Lunatic asylums in Bengal annual reports 1888-1898 - 1888-1898
Year: 1888
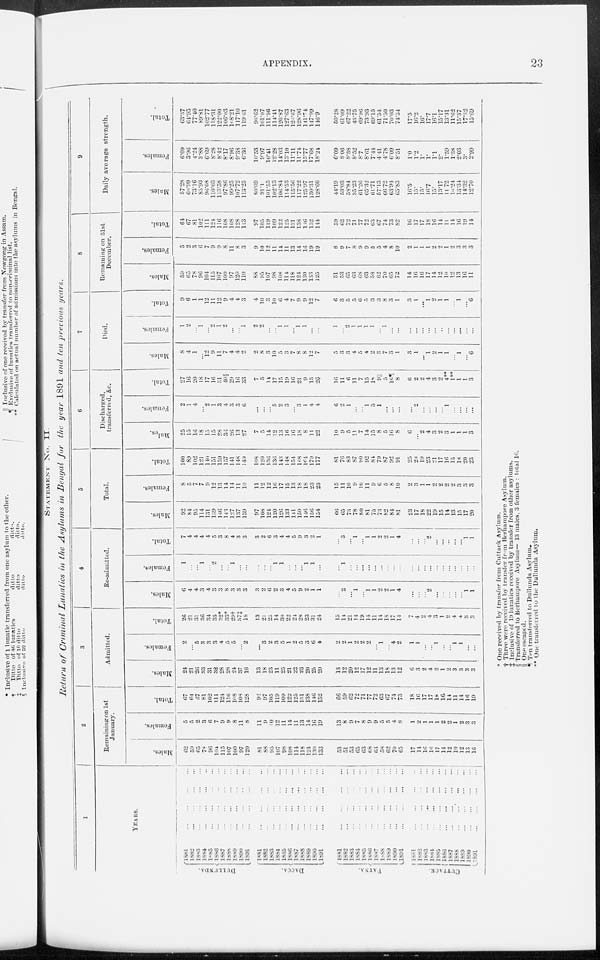
APPENDIX.
23
STATEMENT
No II.
Return of Criminal Lunatics in the Asylums in Bengal for the year 1891 and ten previous years.
1
YEARS.
DULLUNDA.
DACCA.
PATNA.
CUTTACK.
1881
...
...
...
...
1882
...
...
...
...
1883 ... ... ... ...
1884 ... ... ... ...
1885 ... ... ... ...
1886
...
...
...
...
1887
...
...
...
...
1888
...
...
...
...
1889 ... ... ... ...
l890
...
...
...
...
1891
...
...
...
...
1881
...
...
...
...
1882 ... ... ... ...
1883 ... ... ... ...
1884 ... ... ... ...
1885 ... ... ... ...
1886 ... ... ... ...
1887
...
...
...
...
1888
...
...
...
...
1889
...
...
...
...
1890 ... ... ... ...
1891
...
...
...
...
1881 ... ... ... ...
1882
...
...
...
...
1883
...
...
...
...
1884
...
...
...
...
1885
...
...
...
...
1886
...
...
...
...
1887
...
...
...
...
1888
...
...
...
...
1889
...
...
...
...
1890
...
...
...
...
1891
...
...
...
...
1881
...
...
...
...
1882
...
...
...
...
1883
...
...
...
...
1884
...
...
...
...
1885
...
...
...
...
1886
...
...
...
...
1887
...
...
...
...
1888 ... ... ... ...
1889
...
...
...
...
1890
...
...
...
...
1891
...
...
...
...
2
Remaining on 1st
January.
Males.
62
59
65
78
96
104
115
107
100
97
120
81
88
95
107
98
108
114
118
124
130
133
53
51
53
65
63
68
63
58
62
70
65
17
14
16
16
17
14
12
10
12
13
16
Females.
5
5
2
3
6
7
9
9
8
11
8
11
9
10
12
11
14
11
13
14
16
19
13
8
9
7
8
9
9
5
5
4
8
1
2
1
1
1
2
2
1
2
3
3
Total.
67
64
67
81
102
111
124
116
108
108
128
92
97
105
119
109
122
125
131
138
146
152
66
59
62
72
71
77
72
63
67
74
73
18
16
17
17
18
16
14
11
14
16
19
3
Admitted.
Males.
24
21
26
33
31
32
28
28
24
37
10
13
18
23
11
25
21
22
23
20
25
20
13
12
20
12
17
12
11
13
18
13
12
6
3
2
4
2
1
2
3
3
3
3
Females.
2
...
5
3
3
3
4
5
5
...
8
...
3
2
3
5
1
2
5
3
6
4
2
2
1
2
2
2
...
1
...
4
2
1
1
...
... 1
...
...
1
1
...
...
Total.
26
21
31
36
34
35
32*
33*
29†
37‡
18
13
21
25
14
30
22
24
28
23
31
24
15
14
21
14
19
14
11
14
18
17
14
7
4
2
4
3
1
2
4
4
3
3
4
Re-admitted.
Males.
6
4
4
3
4
3
3
8
3
3
3
3
2
6
2
3
4
5
9
1 1
1
...
2
...
1
1
1
1 2
2
1 4
...
...
...
2
...
...
...
...
...
1
1
Females.
1
...
...
1
...
2
...
...
1
...
...
...
...
...
1
1
...
...
...
1
1
...
...
1
...
...
...
...
...
...
...
...
...
...
...
...
...
...
...
...
...
...
...
...
Total.
7
4
4
4
4
5
3
8
4 3
3
3
2
6
3
4
4
5
9
3
2
1
...
3
...
1
1
1
1 2
2
1
4
...
...
...
2
...
...
...
...
...
1
1
5
Total.
Males.
92
84
95
114
131
139
146
148
127
137
139
97
108
124
120
126
133
141
150
146
156
154
66
65
73
78
80
81
75 73
82
84
81
23
17
18
22
19
15
14
13
15
17
20
Females.
8
5
7
7
9
12
13
14
14
11
10
11
12
12
16
17
15
13
18
18
23
23
15
11
10
9
10
11
9
6
5
8
10
2
3
1
1
2
2
2
2
3
3
3
Total.
100
89
102
121
140
151
159
157
141
148
149
108
120
136
143
143
148
154
168
164
179
177
81
76
83
87
90
92 84
79
87
92
91
25
20
19
23
21
17
16
15
18
20
23
6
Discharged,
transferred, &c.
Males.
25
15
16
18
15
15
28
36
26
13
27
7
5
14
12
13
16
16
18
8
1 1
22
10
9
5
11
7
14 15
8
5
16
8
6
...
2
4
3
2
3
1
1
1
3
Females.
2
1
4
...
2
1
3
4
3
3
6
...
...
...
5
2 3
... 3
1
4
4
6
1
1
...
...
1
3
1
...
...
...
...
2
...
...
...
...
1
...
...
...
...
Total.
27
16
20
18
17
16
31
40§
29
16
33
7
5
14
17
15
19
16
21
9
15
26
16
11
6
11
7
15 18
9||
5
16¶
8
6
2
2
4
3
2
4 **
1** 1
1
3
7
Died.
Males.
8
4
1
...
12
9
11
7
4
4
2
2
8
3
10 5
3
7
8
8 12
7
5
3
4
4
5
4
2
3
7
3
1
3
1
...
1
2
1
1
...
1
... 6
Females.
1
2
...
1
...
2
...
2
...
...
1
2
2
...
...
1
1
...
1
1 ...
...
1
...
1
1
1
1
1
...
1
...
...
...
...
...
...
...
...
...
...
...
...
...
Total.
9
6
1
1
12
11 11
9
4
4
3
4
10
3
10 6
4
7
9
9 12
7
6
3
5
5
6
5
3
3
8
3
1
3
1
...
1
2
1
1
...
1
... 6
8
Remaining on 31st
December.
Males.
59
65
78
96
104
115
100
97
120
110
88
95
107
98
108
114
114
118
124
130
133
125
51
53
65
63
68
63
58
62
70
65
72
14
16
16
17
14
12
10
12
13
16
11
Females.
5
3
3
6
7
9
8
11
8
3
9
10
12
11
14
14
11
13
14
16
19
19
8
9
7
8
9
9
5
5
4
8
10
2
1
1 1
2
2
1
2
3
3
3
Total.
64
67
81
102
111
124
108
108
128
113
97
105
119
109
122
122
125
131
138
146
152
144
59
62
72
71
77
72 63
67
74
73
82
16
17
17
18
16
14
11
14
16
19
14
9
Daily average strength.
Males.
57.28
60.99
73.16
85.93
96.08
110.03
113.58
97.86
99.25
107.72
113.25
80.09
91.1
101.55
102.13
106.84
114.53
115.56
117.22
125.97
130.31
128.86
44.19
53.03
58.84
35.28
61.26
65.32 61.71
57.13
66.72
63.94
65.83
16.5
15.
15.
16.7
15.
13.17
11.72
10.24
13.34
14.32
12.70
Females.
6.09
3.96
4.24
3.88
6.69
8.28
8.42
8.17
8.96
9.38
6.36
10.53
9.97
10.41
12.28
14.30
13.10
11.11
11.74
15.77
17.68
18.24
6.09
8.06
8.38
8.52
8.7
8.61
7.44
4.41
4.78
6.09
8.51
1.0
1.2
1.
1.
1.1
2.
1.59
1.38
2.03
3.
2.99
Total.
63.37
64.95
77.40
89.81
102.77
118.31
122.00
l06.03
108.21
117.10
119.61
90.62
101.07
111.96
114.41
120.87
127.63
126.67
128.96
141.74
147.99
l46.9
50.28
61.09
67.22
43.75
69.96
73.93
69.15
61.54
71.50
70.03
74.34
17.5
16.2
16.
17.7
16.1
15.17
13.31
11.62
15.37
17.32
15.69
* One received by transfer from Cuttack Asylum.
† Three were received by transfer from Berhampore Asylum.
‡ Inclusive of 19 lunatics received by transfer from other asylums.
§ Transferred to Berhampore Asylum— 13 males, 3 females : total 10.
|| One escaped.
¶ Ten transferred to Dullunda Asylum.
** One transferred to the Dullunda Asylum.